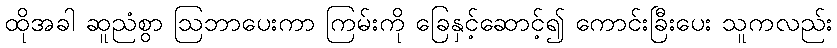
ထိုအခါ ဆူညံစွာ ဩဘာပေးကာ ကြမ်းကို ခြေနှင့်ဆောင့်၍ ကောင်းခြီးပေး သူကလည်း